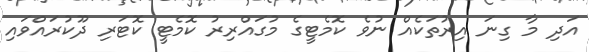
އަދި މާ ގިނަ އިރުތަކެއް ނުވެ ކޮމެޓީގެ މުގައްރިރު ކޮމެޓީ ކޮޓަރި ދޫކުރައްވައި